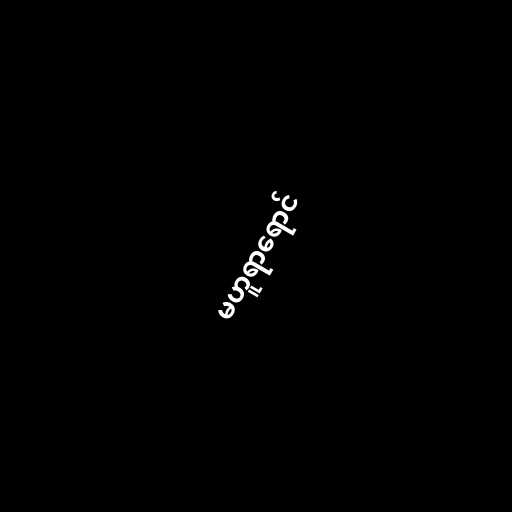
မဟူရာရောင်